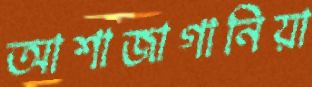
আশাজাগানিয়া